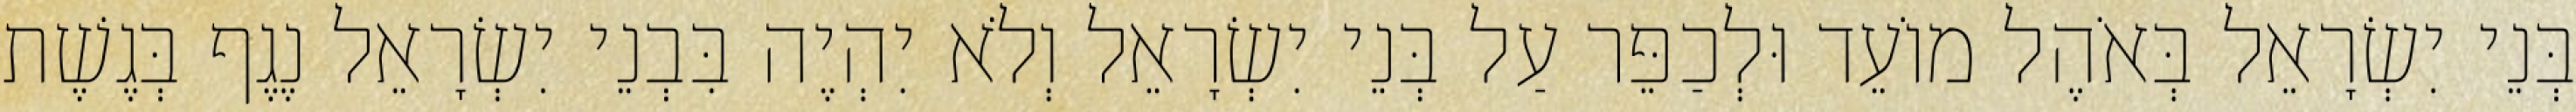
בְּנֵי יִשְׂרָאֵל בְּאֹהֶל מוֹעֵד וּלְכַפֵּר עַל בְּנֵי יִשְׂרָאֵל וְלֹא יִהְיֶה בִּבְנֵי יִשְׂרָאֵל נֶגֶף בְּגֶשֶׁת